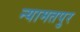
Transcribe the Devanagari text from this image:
न्यामतपुर